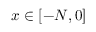
x \in [ - N , 0 ]